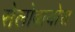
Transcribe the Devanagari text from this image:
सेलोबायोस